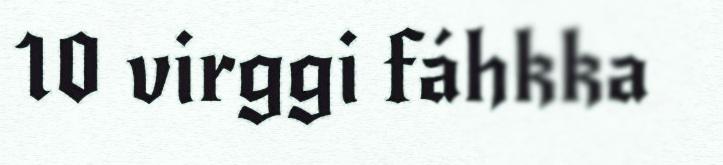
10 virggi fáhkka